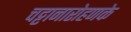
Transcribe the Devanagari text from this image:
चट्टानारोहणके